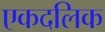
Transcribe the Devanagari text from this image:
एकदलिक